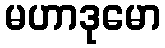
မဟာဒုမော